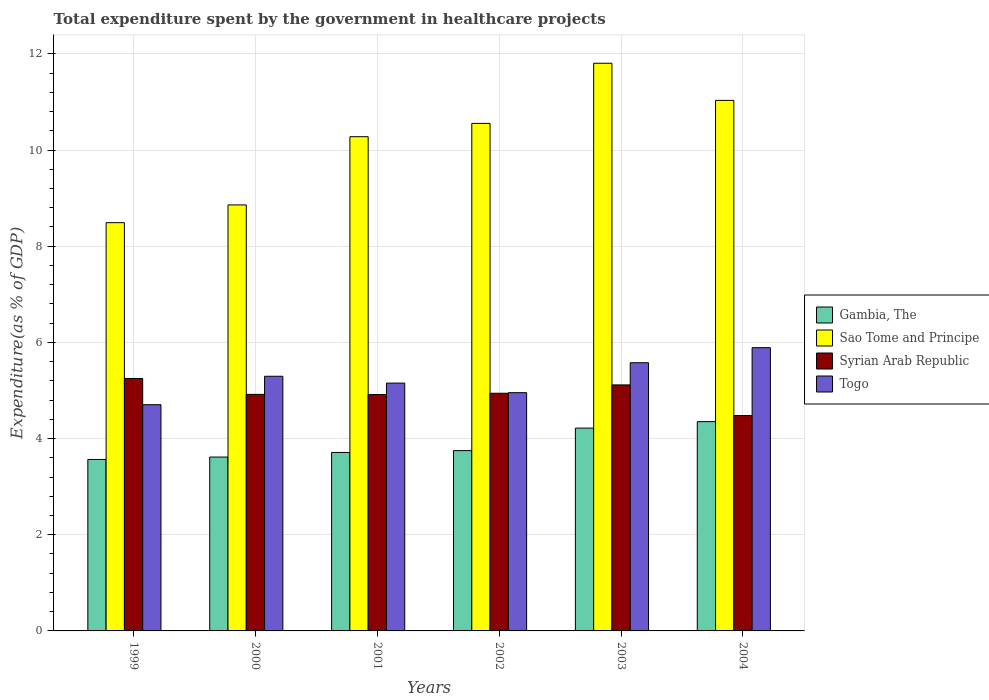
| Years | Gambia, The | Sao Tome and Principe | Syrian Arab Republic | Togo |
 | --- | --- | --- | --- | --- |
 | 1999 | 3.57 | 8.49 | 5.25 | 4.7 |
 | 2000 | 3.62 | 8.86 | 4.92 | 5.3 |
 | 2001 | 3.71 | 10.3 | 4.92 | 5.15 |
 | 2002 | 3.75 | 10.6 | 4.94 | 4.95 |
 | 2003 | 4.22 | 11.8 | 5.12 | 5.58 |
 | 2004 | 4.35 | 11 | 4.48 | 5.89 |